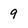
Character: 9